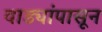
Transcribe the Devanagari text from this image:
वाड्यांपासून